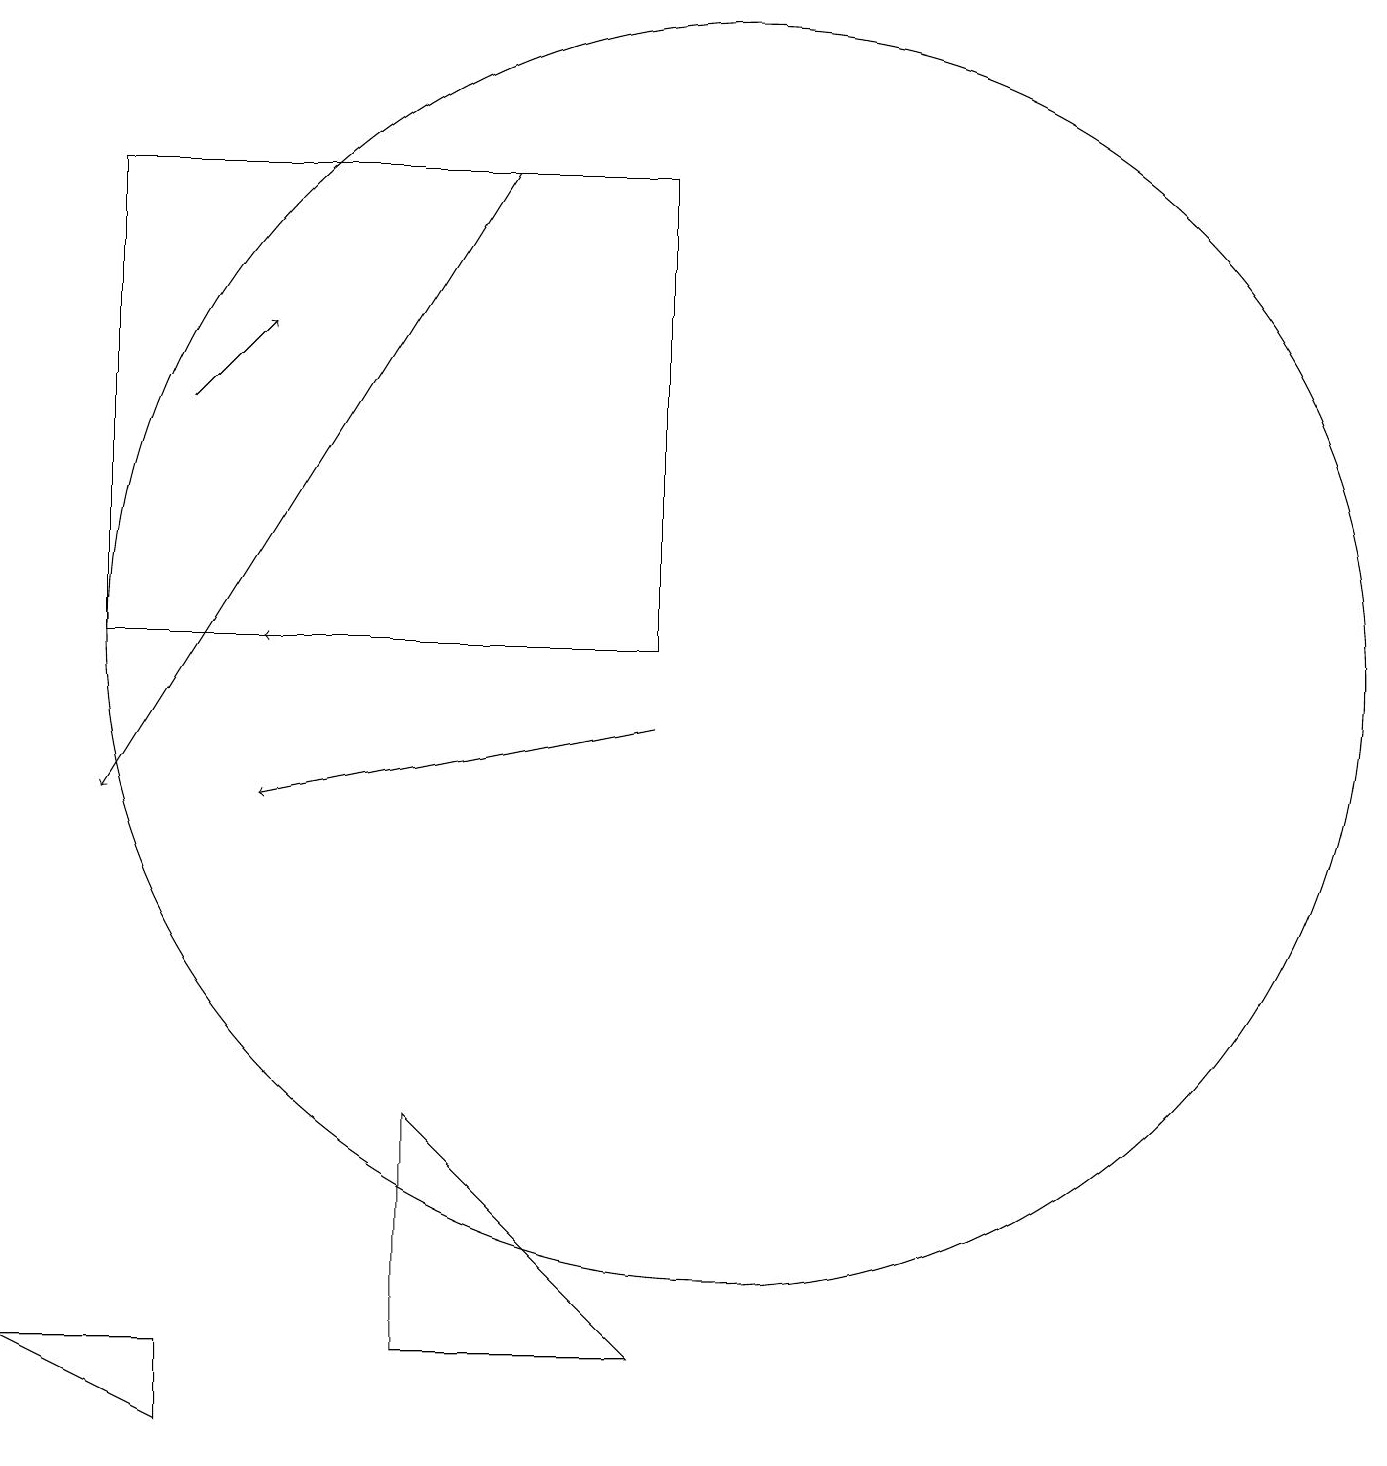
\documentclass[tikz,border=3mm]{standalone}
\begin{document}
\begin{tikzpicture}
\draw (1,3) -- (3,3) -- (3,2) -- cycle;
\draw[->] (9,11) -- (4,10);
\draw[->] (7,18) -- (2,10);
\draw[->] (7,12) -- (4,12);
\draw[->] (3,15) -- (4,16);
\draw (2,18) rectangle (9,12);
\draw (10,12) circle (8);
\draw (6,3) -- (9,3) -- (6,6) -- cycle;
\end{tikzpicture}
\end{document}